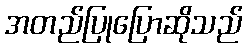
အတည်ပြုပြောဆိုသည်